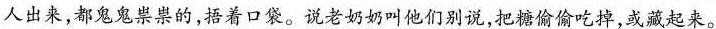
人出来，都鬼鬼祟祟的,捂着口袋。说老奶奶叫他们别说，把糖偷偷吃掉,或藏起来。